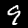
Digit: 9